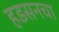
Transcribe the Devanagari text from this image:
हडसनचा